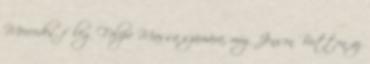
Mercedes, főleg Felipe Massa számára, míg Jenson Button az